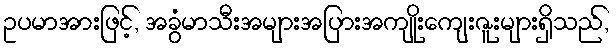
ဥပမာအားဖြင့်, အခွံမာသီးအများအပြားအကျိုးကျေးဇူးများရှိသည်,